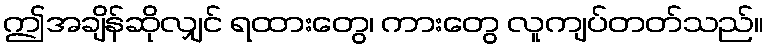
ဤအချိန်ဆိုလျှင် ရထားတွေ၊ ကားတွေ လူကျပ်တတ်သည်။